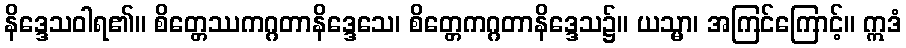
နိဒ္ဒေသဝါရ၏။ စိတ္တေဿကဂ္ဂတာနိဒ္ဒေသေ၊ စိတ္တေကဂ္ဂတာနိဒ္ဒေသ၌။ ယသ္မာ၊ အကြင်ကြောင့်။ ဣဒံ